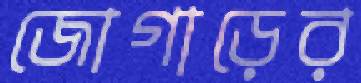
জোগাড়ের